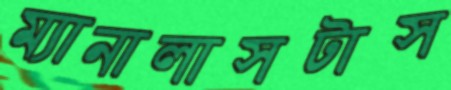
ম্যানালাসটাস